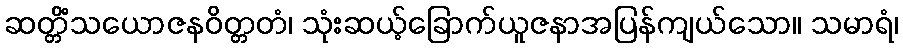
ဆတ္တိံသယောဇနဝိတ္တတံ၊ သုံးဆယ့်ခြောက်ယူဇနာအပြန်ကျယ်သော။ သမာရံ၊